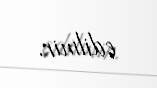
edilmir.